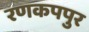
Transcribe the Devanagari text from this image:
रणकपपुर